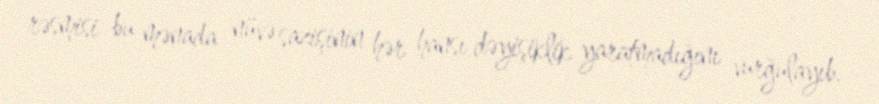
rəsmisi bu mənada nüvə sazişinin hər hansı dəyişiklik yaratmadığını vurğulayıb.